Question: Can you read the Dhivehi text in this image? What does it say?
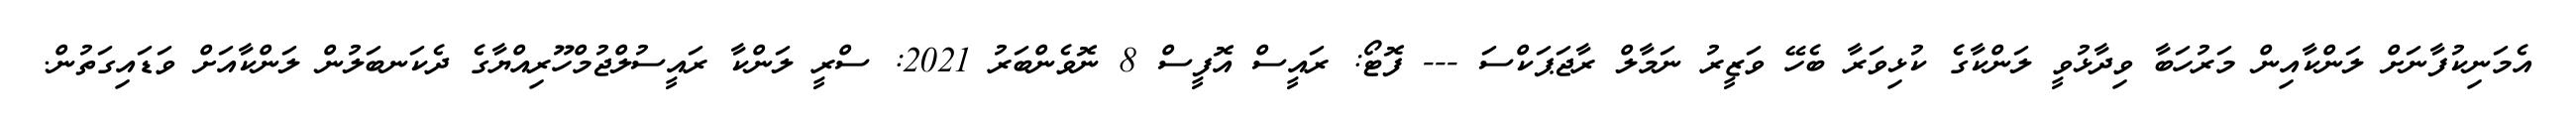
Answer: އެމަނިކުފާނަށް ލަންކާއިން މަރުހަބާ ވިދާޅުވީ ލަންކާގެ ކުޅިވަރާ ބެހޭ ވަޒީރު ނަމާލް ރާޖަޕަކްސަ --- ފޮޓޯ: ރައީސް އޮފީސް 8 ނޮވެންބަރު 2021: ސްރީ ލަންކާ ރައީސުލްޖުމްހޫރިއްޔާގެ ދެކަނބަލުން ލަންކާއަށް ވަޑައިގަތުން.